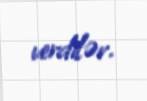
verdilər.